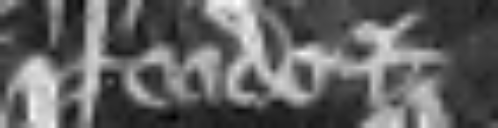
feodo et